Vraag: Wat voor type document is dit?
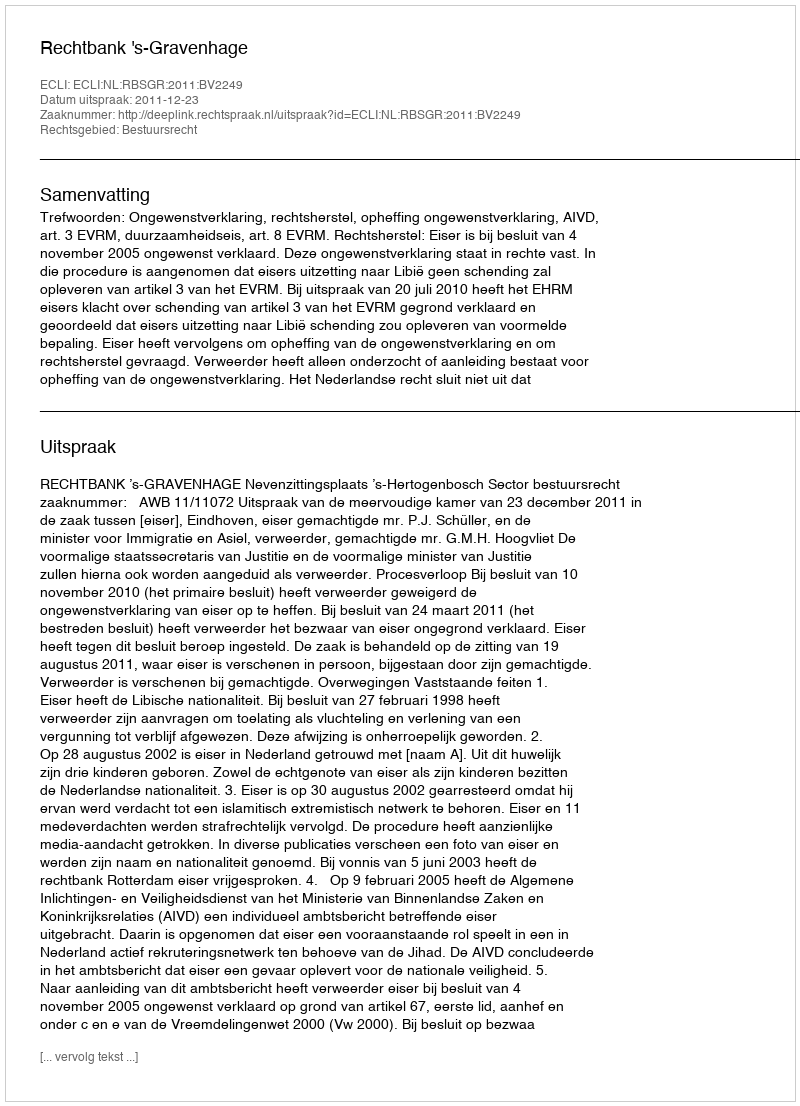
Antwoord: Uitspraak